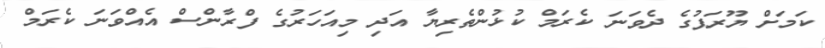
ކަމަށް ޔޫރަޕުގެ ދެވަނަ ކެރަމް ކުޅުންތެރިޔާ އަދި މިއަހަރުގެ ފްރާންސް އެއްވަނަ ކެރަމް